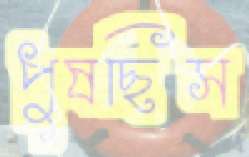
পুষছিস